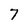
Character: 7